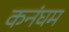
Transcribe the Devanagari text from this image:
कनंघम